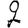
Digit: 2